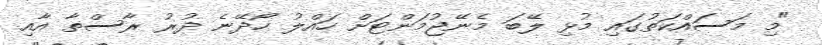
"މި މަސައްކަތުގައި މުޅި ލޭބަ މެނޭޖުމަންޓަށް ހައްލު ހޯދޭނެ ދުރު ރާސްތާ އާއި